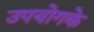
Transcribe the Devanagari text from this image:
उपयोगके